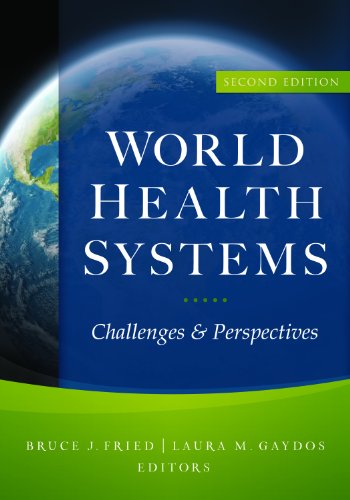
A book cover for World Health Systems: Challenges and Perspectives, Second Edition; Bruce J. Fried; Medical Books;